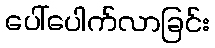
ပေါ်ပေါက်လာခြင်း